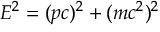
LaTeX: E ^ { 2 } = ( p c ) ^ { 2 } + ( m c ^ { 2 } ) ^ { 2 }